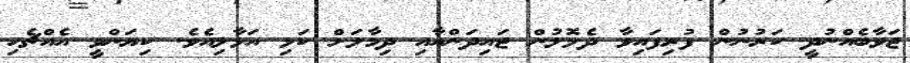
ޖަވާބެއްނުދީ ކަރުނުން ފުރިފައިވާ ދެލޮލުން ޖައިދަންއާއި ދިމާލަށް ކަޅި އަޅާލިއެވެ. ކިޔަންވީ އެއްޗެހި